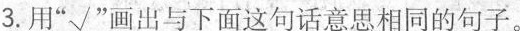
3.用”√”画出与下面这句话意思相同的句子。